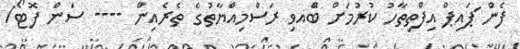
ފެން ަޕައިޕް އިފްތިތާހު ކުރުމަށް ބޭްއވި ރަސްމިއްޔާތުގެ ތެރެއިން ---- ސަން ފޮޓޯ/